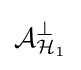
{\mathcal {A}}_{{\mathcal {H}}_{1}}^{\perp }